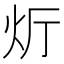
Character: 𮳞